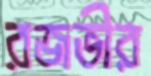
রজভীর